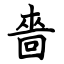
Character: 嗇